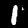
Label: 1